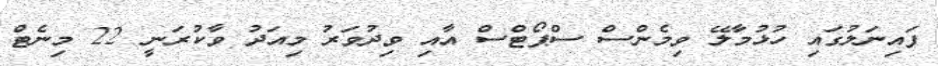
ފައިނަލުގައި ހުޅުމާލޭ ވިމެންސް ސްޕޯޓްސް އާއި ވިދުވަރު މިއަދު ވާކުރަނީ 22 މިނެޓް